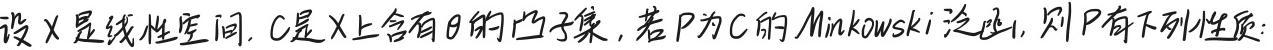
设$X$是线性空间，$C$是$X$上含有$\theta$的凸子集，若$P$为$C$的Minkowski泛函，则$P$有下列性质：